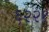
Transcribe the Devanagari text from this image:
६२२१